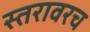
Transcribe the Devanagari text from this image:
स्तरावरच